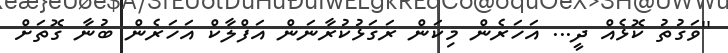
''ވަގުތު ކޮޅެއް ދީ... އަހަރެން މިކަން ރަގަޅުކުރާނަން އަފްލާކް އަހަރެން ބުނާ ގޮތަށް